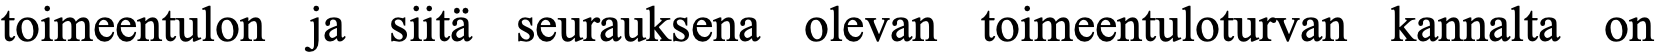
toimeentulon ja siitä seurauksena olevan toimeentuloturvan kannalta on